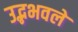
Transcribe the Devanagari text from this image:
उद्भभवले